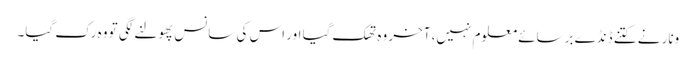
ونار نے کتنے ڈنڈے برسائے معلوم نہیں، آخر وہ تھک گیا اور اس کی سانس پھولنے لگی تو وہ رک گیا۔